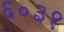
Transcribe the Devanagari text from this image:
६०३१